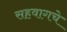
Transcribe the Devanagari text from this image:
सहवागचे